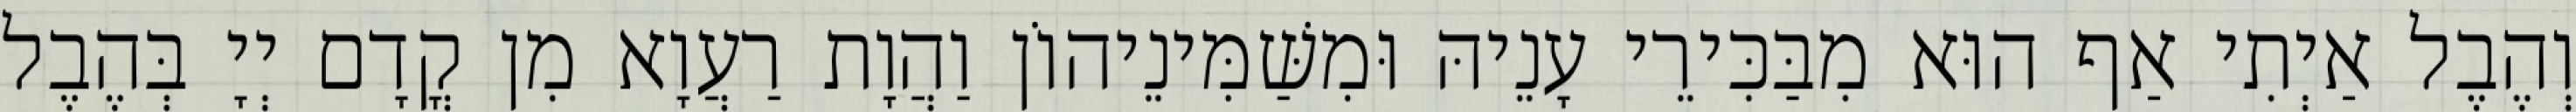
וְהֶבֶל אַיְתִי אַף הוּא מִבַּכִּירֵי עָנֵיהּ וּמִשַּׁמִּינֵיהוֹן וַהֲוָת רַעֲוָא מִן קֳדָם יְיָ בְּהֶבֶל